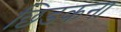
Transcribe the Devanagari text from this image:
छिडकना